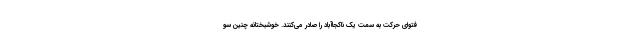
فتوای حرکت به سمت یک ناکجاآباد را صادر می‌کنند. خوشبختانه چنین سو